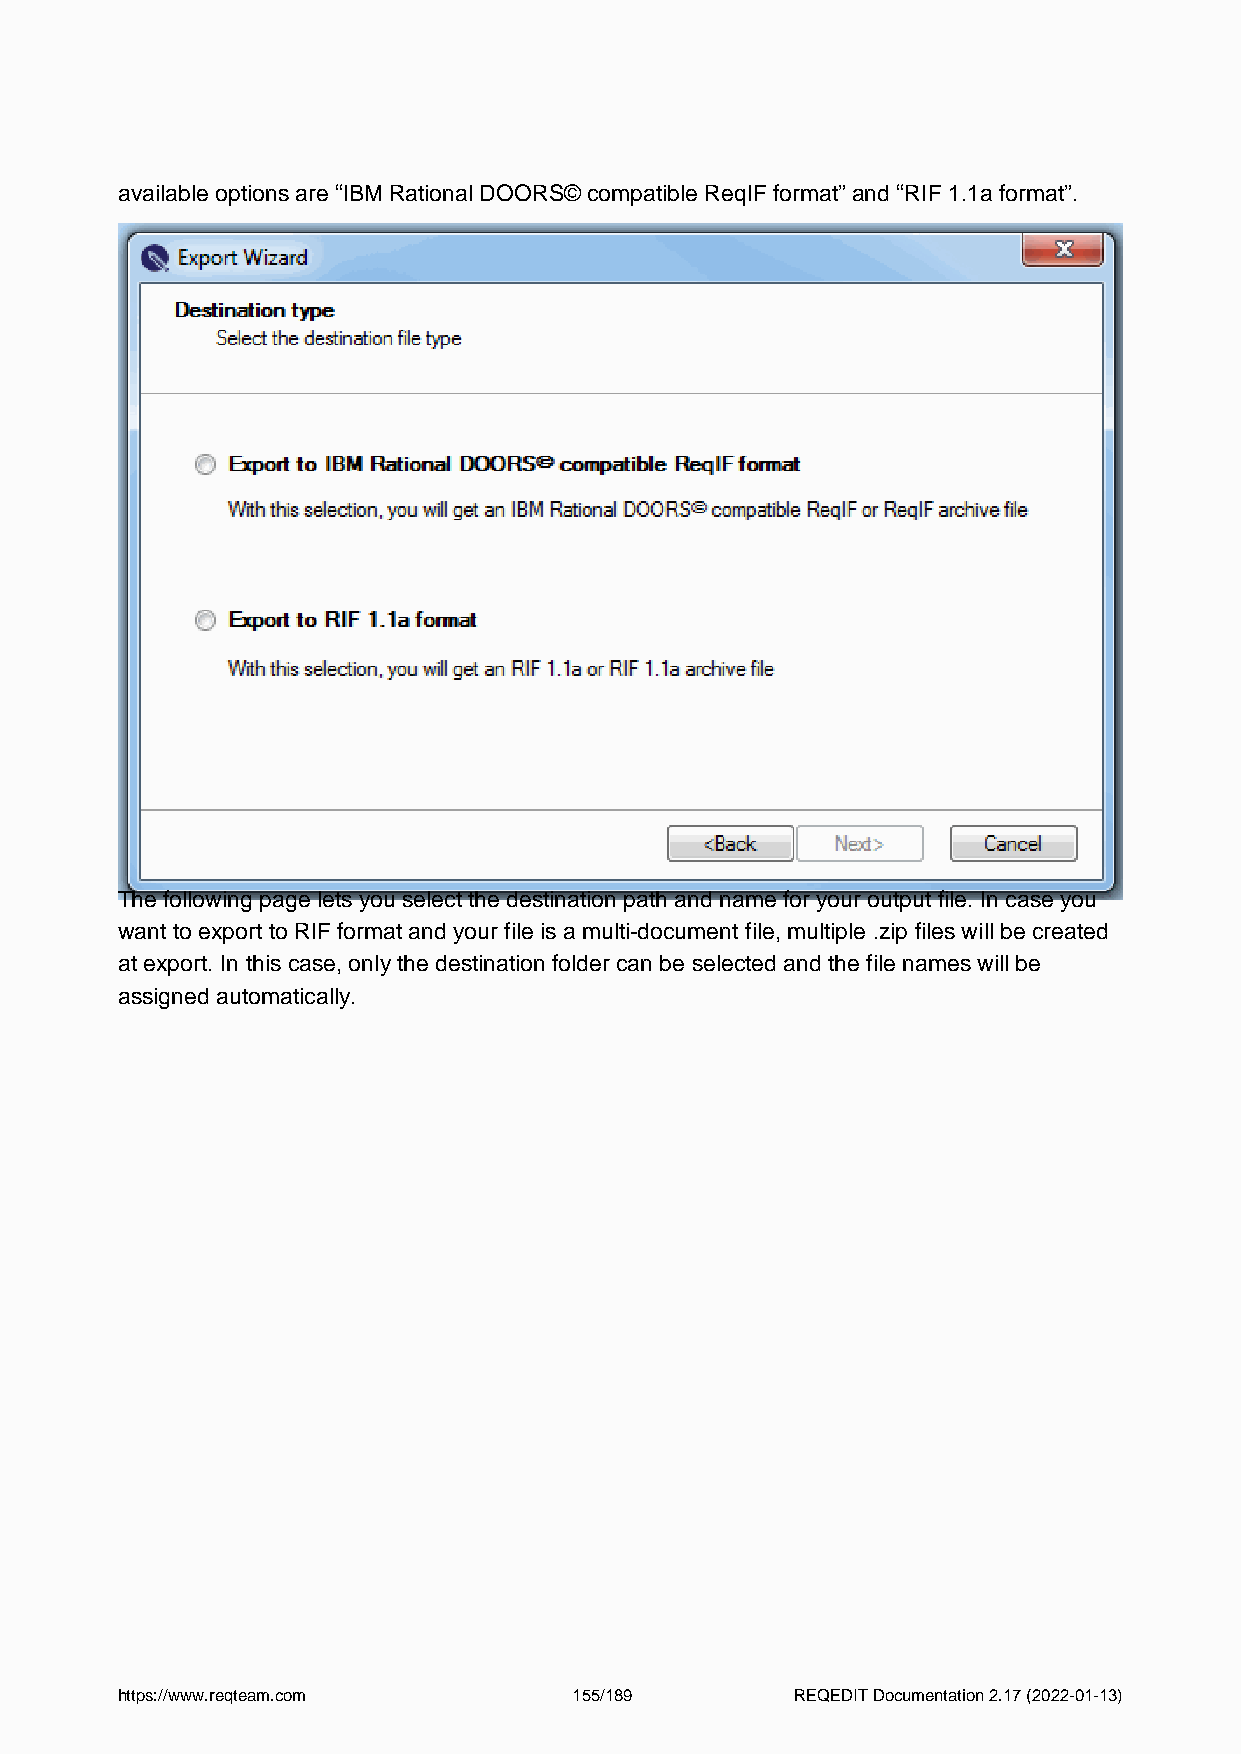
available options are “IBM Rational DOORS© compatible ReqIF format” and “RIF 1.1a format”.
 The following page lets you select the destination path and name for your output file. In case you
 want to export to RIF format and your file is a multi-document file, multiple .zip files will be created
 at export. In this case, only the destination folder can be selected and the file names will be
 assigned automatically.
 https://www.reqteam.com       155/189        REQEDIT Documentation 2.17 (2022-01-13)